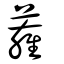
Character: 蕹